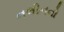
નલીનનો